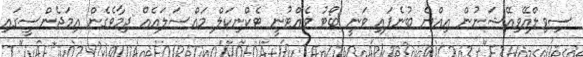
ސިވިލްއޭވިއޭޝަނުން އިއްޔެ ބުނެފައި ވަނީ ބޯޓު ވެއްޓުނީ ޓެކްނިކަލް މައްސަލައެއް ދިމާވެގެން އިމަޖެންސީގައި